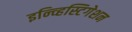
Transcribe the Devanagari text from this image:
इन्व्हिस्टिगेशन